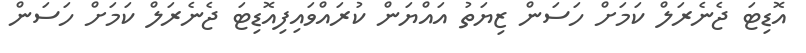
އޮޑިޓަ ޖެނެރަލް ކަމަށް ހަސަން ޒިޔަތު އައްޔަން ކުރައްވައިފިއޮޑިޓަ ޖެނެރަލް ކަމަށް ހަސަން